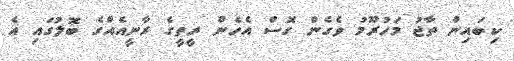
ކިބައިން ތާޖު މަހުރޫމު ވެގެން ގޮސް އެހެން ރީތީގެ ރާނީއެއްގެ ބޮލުގައި އެ